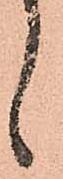
候